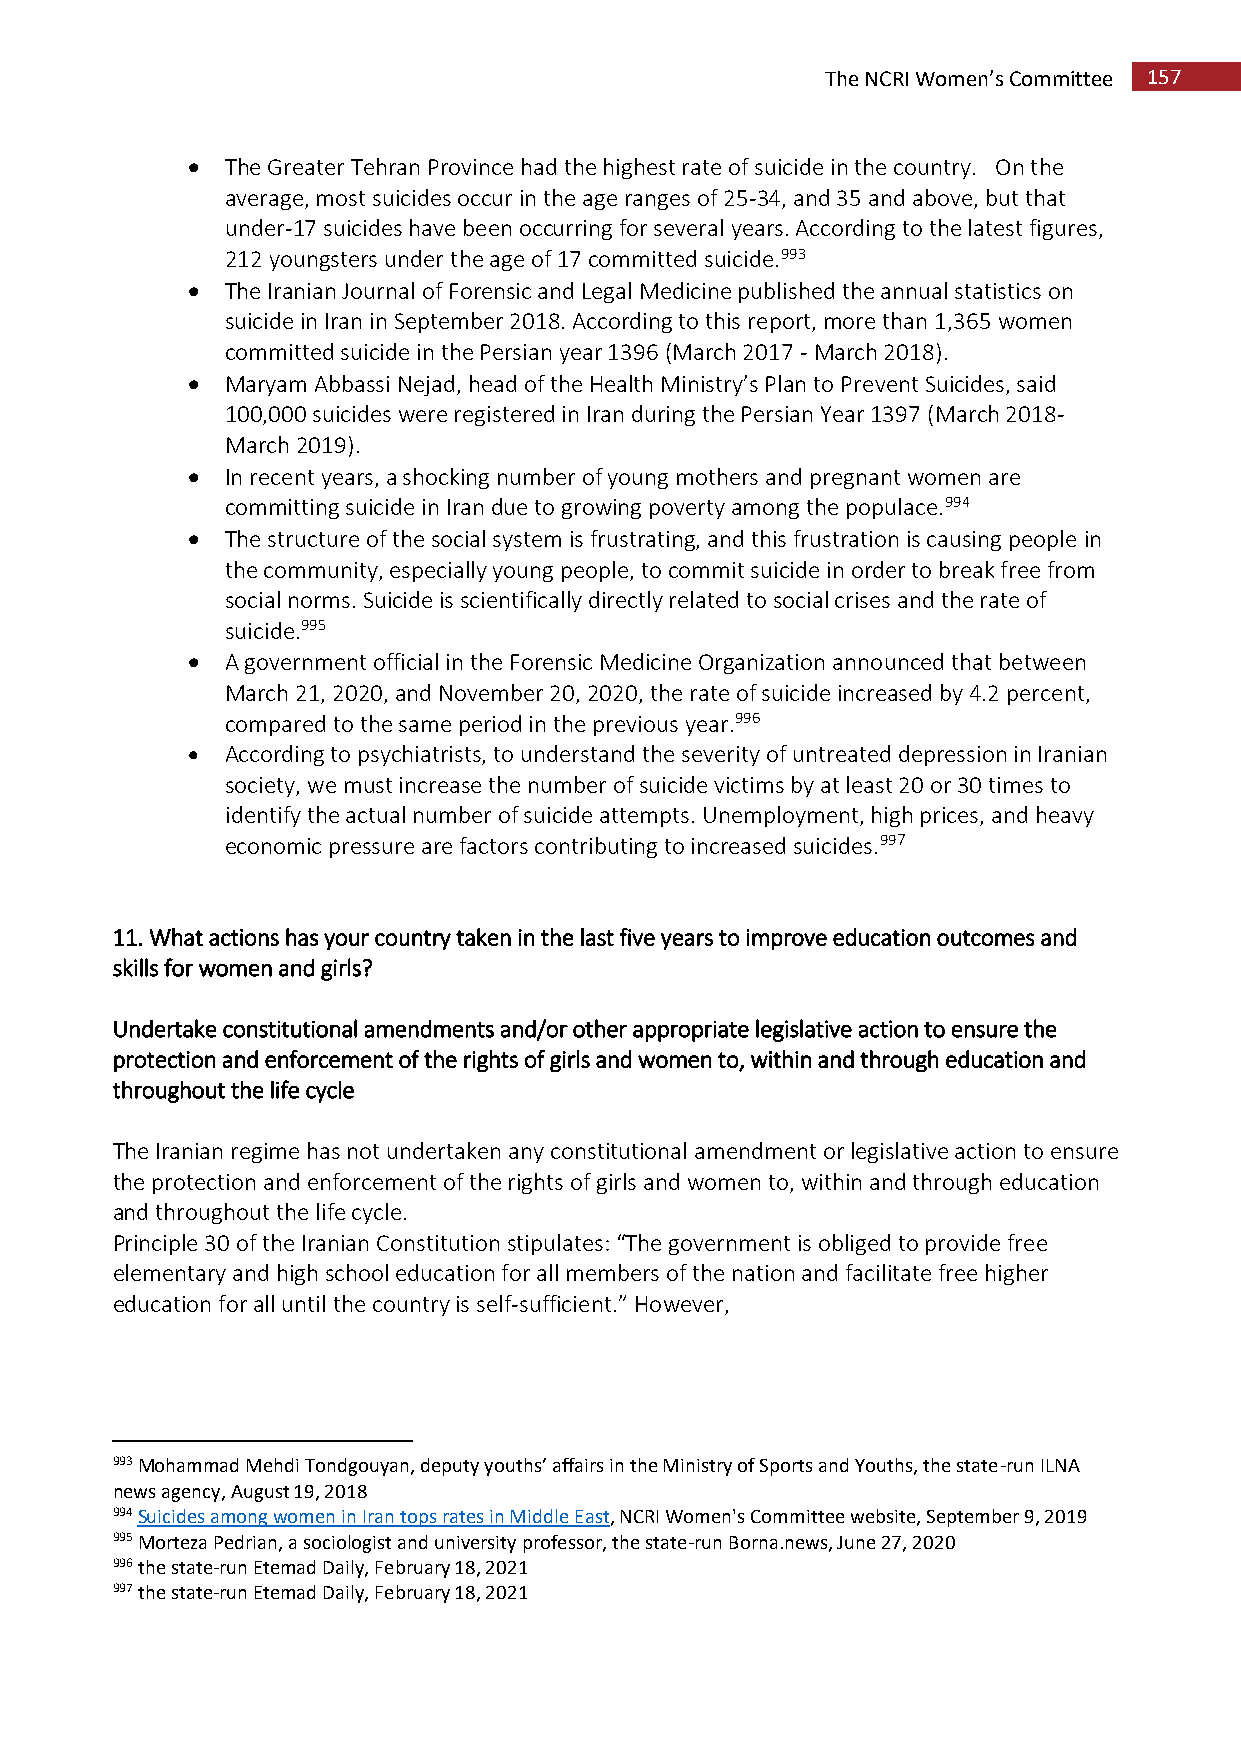
The NCRI Women’s Committee 157
   The Greater Tehran Province had the highest rate of suicide in the country. On the
 average, most suicides occur in the age ranges of 25-34, and 35 and above, but that
 under-17 suicides have been occurring for several years. According to the latest figures,
 212 youngsters under the age of 17 committed suicide.993
   The Iranian Journal of Forensic and Legal Medicine published the annual statistics on
 suicide in Iran in September 2018. According to this report, more than 1,365 women
 committed suicide in the Persian year 1396 (March 2017 - March 2018).
   Maryam Abbassi Nejad, head of the Health Ministry’s Plan to Prevent Suicides, said
 100,000 suicides were registered in Iran during the Persian Year 1397 (March 2018-
 March 2019).
   In recent years, a shocking number of young mothers and pregnant women are
 committing suicide in Iran due to growing poverty among the populace.994
   The structure of the social system is frustrating, and this frustration is causing people in
 the community, especially young people, to commit suicide in order to break free from
 social norms. Suicide is scientifically directly related to social crises and the rate of
 suicide.995
   A government official in the Forensic Medicine Organization announced that between
 March 21, 2020, and November 20, 2020, the rate of suicide increased by 4.2 percent,
 compared to the same period in the previous year.996
   According to psychiatrists, to understand the severity of untreated depression in Iranian
 society, we must increase the number of suicide victims by at least 20 or 30 times to
 identify the actual number of suicide attempts. Unemployment, high prices, and heavy
 economic pressure are factors contributing to increased suicides.997
 11. What actions has your country taken in the last five years to improve education outcomes and
 skills for women and girls?
 Undertake constitutional amendments and/or other appropriate legislative action to ensure the
 protection and enforcement of the rights of girls and women to, within and through education and
 throughout the life cycle
 The Iranian regime has not undertaken any constitutional amendment or legislative action to ensure
 the protection and enforcement of the rights of girls and women to, within and through education
 and throughout the life cycle.
 Principle 30 of the Iranian Constitution stipulates: “The government is obliged to provide free
 elementary and high school education for all members of the nation and facilitate free higher
 education for all until the country is self-sufficient.” However,
 993 Mohammad Mehdi Tondgouyan, deputy youths’ affairs in the Ministry of Sports and Youths, the state-run ILNA
 news agency, August 19, 2018
 994 Suicides among women in Iran tops rates in Middle East, NCRI Women's Committee website, September 9, 2019
 995 Morteza Pedrian, a sociologist and university professor, the state-run Borna.news, June 27, 2020
 996 the state-run Etemad Daily, February 18, 2021
 997 the state-run Etemad Daily, February 18, 2021